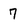
Character: 7